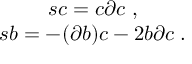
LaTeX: \begin{array} { c } { { s c = c \partial c \; , } } \\ { { s b = - ( \partial b ) c - 2 b \partial c \; . } } \end{array}